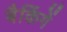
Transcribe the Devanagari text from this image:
बैकिंगें